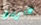
غابرييل